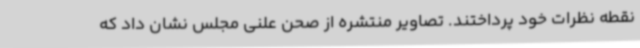
نقطه نظرات خود پرداختند. تصاویر منتشره از صحن علنی مجلس نشان داد که